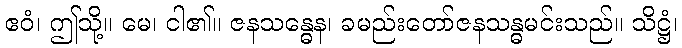
ဧဝံ၊ ဤသို့။ မေ၊ ငါ၏။ ဇနသန္ဓေန၊ ခမည်းတော်ဇနသန္ဓမင်းသည်။ သိဋ္ဌံ၊